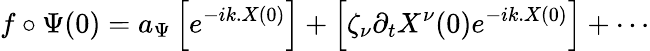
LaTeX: f\circ\Psi(0)=a_{\Psi}\left[e^{-ik.X(0)}\right]+\left[\zeta_{\nu}\partial_{t}X^{\nu}(0)e^{-ik.X(0)}\right]+\cdots